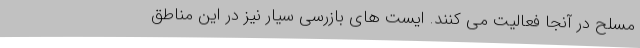
مسلح در آنجا فعالیت می کنند. ایست های بازرسی سیار نیز در این مناطق